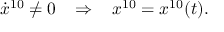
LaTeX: \dot { x } ^ { 1 0 } \neq 0 \; \; \; \Rightarrow \; \; \; x ^ { 1 0 } = x ^ { 1 0 } ( t ) .